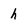
Character: h